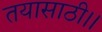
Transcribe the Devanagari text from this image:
तयासाठी।।